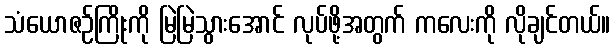
သံယောဇဉ်ကြိုးကို မြဲမြဲသွားအောင် လုပ်ဖို့အတွက် ကလေးကို လိုချင်တယ်။